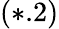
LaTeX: (*.2)